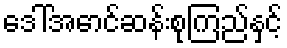
ဒေါ်အောင်ဆန်းစုကြည်နှင့်